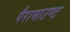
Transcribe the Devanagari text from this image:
पैरामाउण्ट